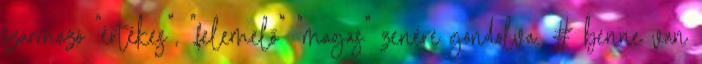
származó "értékes", "felemelő" "magas" zenére gondolva. # benne van